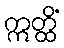
ဣတ္ထိံ